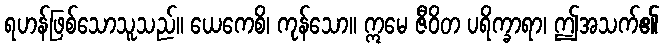
ရဟန်ဖြစ်သောသူသည်။ ယေကေစိ၊ ကုန်သော။ ဣမေ ဇီဝိတ ပရိက္ခာရာ၊ ဤအသက်၏